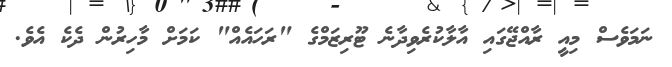
ނަމަވެސް މިއީ ރާއްޖޭގައި އާލާކުރެވިދާނެ ޓޫރިޒަމްގެ "ރަހައެއް" ކަމަށް މާހިރުން ދެކެ އެވެ.